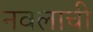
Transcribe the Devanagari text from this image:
नवलाची